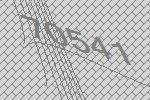
70541